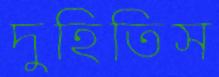
দুহিতিস